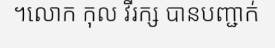
។លោក កុល វីរក្ស បានបញ្ជាក់